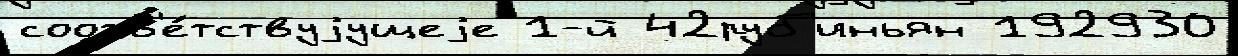
соотв'е́тствуjущеjе 1-й 42руб'иньян 192930